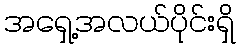
အရှေ့အလယ်ပိုင်းရှိ